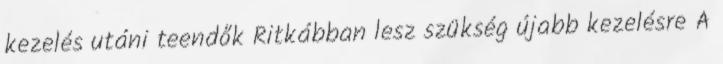
kezelés utáni teendők Ritkábban lesz szükség újabb kezelésre A